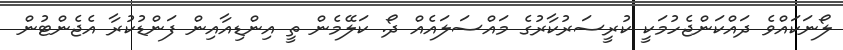
ލޯނަކައްވެ ދައްކަންޖެހުމަކީ ކުރީސަރުކާރުގެ މައްސަލައެއް ދޯ. ކަލޭމެން ތީ އިންޑިއާއިން ފަންޑުކުރާ އެޖެންޓުން